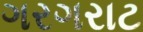
ગરગરાટ